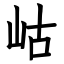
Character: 岵